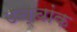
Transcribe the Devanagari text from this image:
उच्‍चांक